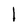
Character: 1